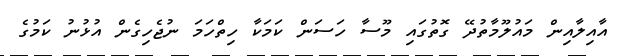
އާއިލާއިން މައުލޫމާތުދޭ ގޮތުގައި މޫސާ ހަސަން ކަމަކާ ހިތްހަމަ ނުޖެހިގެން އުޅުނު ކަމުގެ